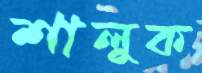
শালুক